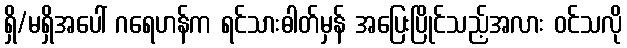
ရှိ/မရှိအပေါ် ဂရေဟန်က ရင်သားဓါတ်မှန် အပြေးပြိုင်သည့်အလား ဝင်သလို